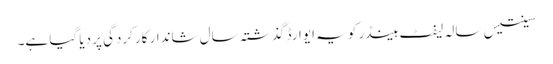
سینتیس سالہ لیفٹ ہینڈر کو یہ ایوارڈ گذشتہ سال شاندار کارکردگی پر دیا گیا ہے۔